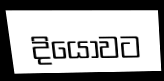
දියෝවට